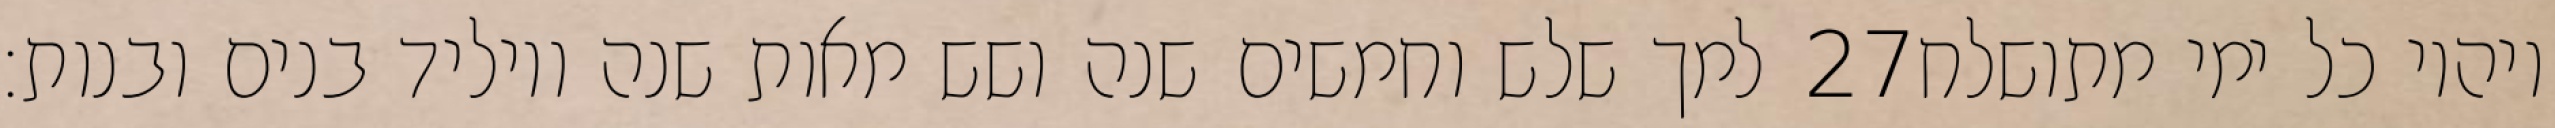
למך שלש וחמשים שנה ושש מאות שנה ויוליד בנים ובנות׃ ‎27‏ ויהיו כל ימי מתושלח